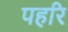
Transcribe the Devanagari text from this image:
पहरि